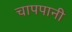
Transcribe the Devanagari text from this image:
चापपानी